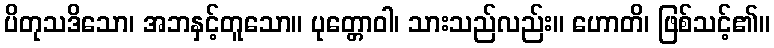
ပိတုသဒိသော၊ အဘနှင့်တူသော။ ပုတ္တောဝါ၊ သားသည်လည်း။ ဟောတိ၊ ဖြစ်သင့်၏။